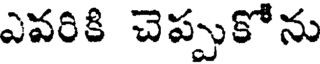
ఎవరికి చెప్పుకోను